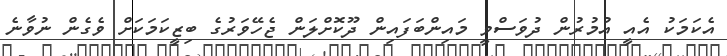
އެކަމަކު އެއީ އުމުރުން ދުވަސްވީ މައިންބަފައިން ދޫކޮށްލަން ޖެހޭވަރުގެ ބިޒީކަމަކަށް ވެގެން ނުވާނެ